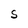
Character: S